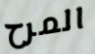
المرح